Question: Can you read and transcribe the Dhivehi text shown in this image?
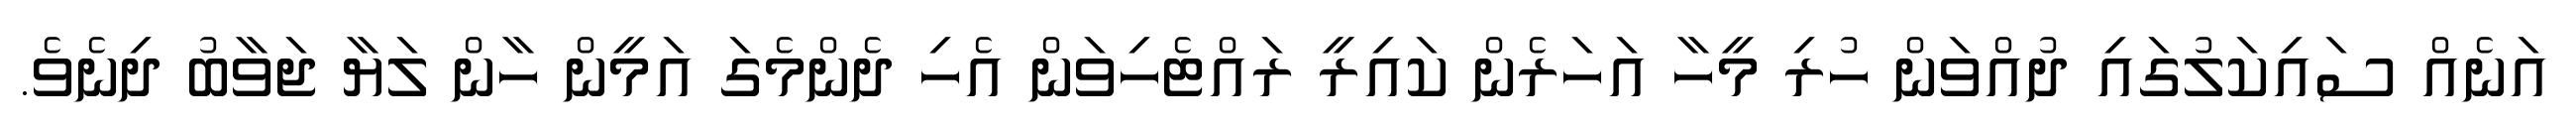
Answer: އަނެއް ސައިކަލުގައި ދުއްވަން ހުރި މީހާ އަހަރެން ކައިރީ ރައްޓެހިވަން އެހި ދެންމެގަ އަމީން ހާން ލަޔާ ޖަވާބު ދިނެވެ.